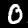
Label: 0